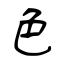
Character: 色